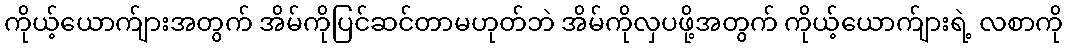
ကိုယ့်ယောက်ျားအတွက် အိမ်ကိုပြင်ဆင်တာမဟုတ်ဘဲ အိမ်ကိုလှပဖို့အတွက် ကိုယ့်ယောက်ျားရဲ့ လစာကို